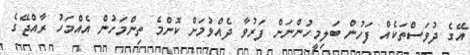
އޭގެ ދުވަސްތަކެއް ފަހުން ބަލިމީހުންނަށް ފަރުވާ ދެއްވުމަށް ކޮންމެ ތިންމަހުން އެއްމަހު ރާއްޖޭގެ